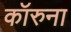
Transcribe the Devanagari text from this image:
कॉरुना